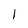
Character: 1